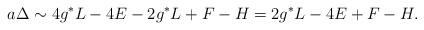
LaTeX: \begin{align*} a\Delta &\sim 4 g^*L - 4E - 2 g^*L + F - H = 2 g^*L - 4E + F - H.\end{align*}